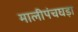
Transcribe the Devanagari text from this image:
मालीपंचघड़ा